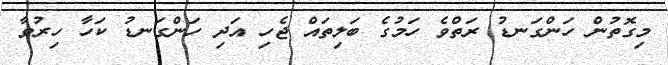
މިގޮތުން ހަންގަނޑު ރަތްވެ ހަމުގެ ބަލިތައް ޖެހި އަދި ހަންގަނޑު ކަހާ ހިރުވާ